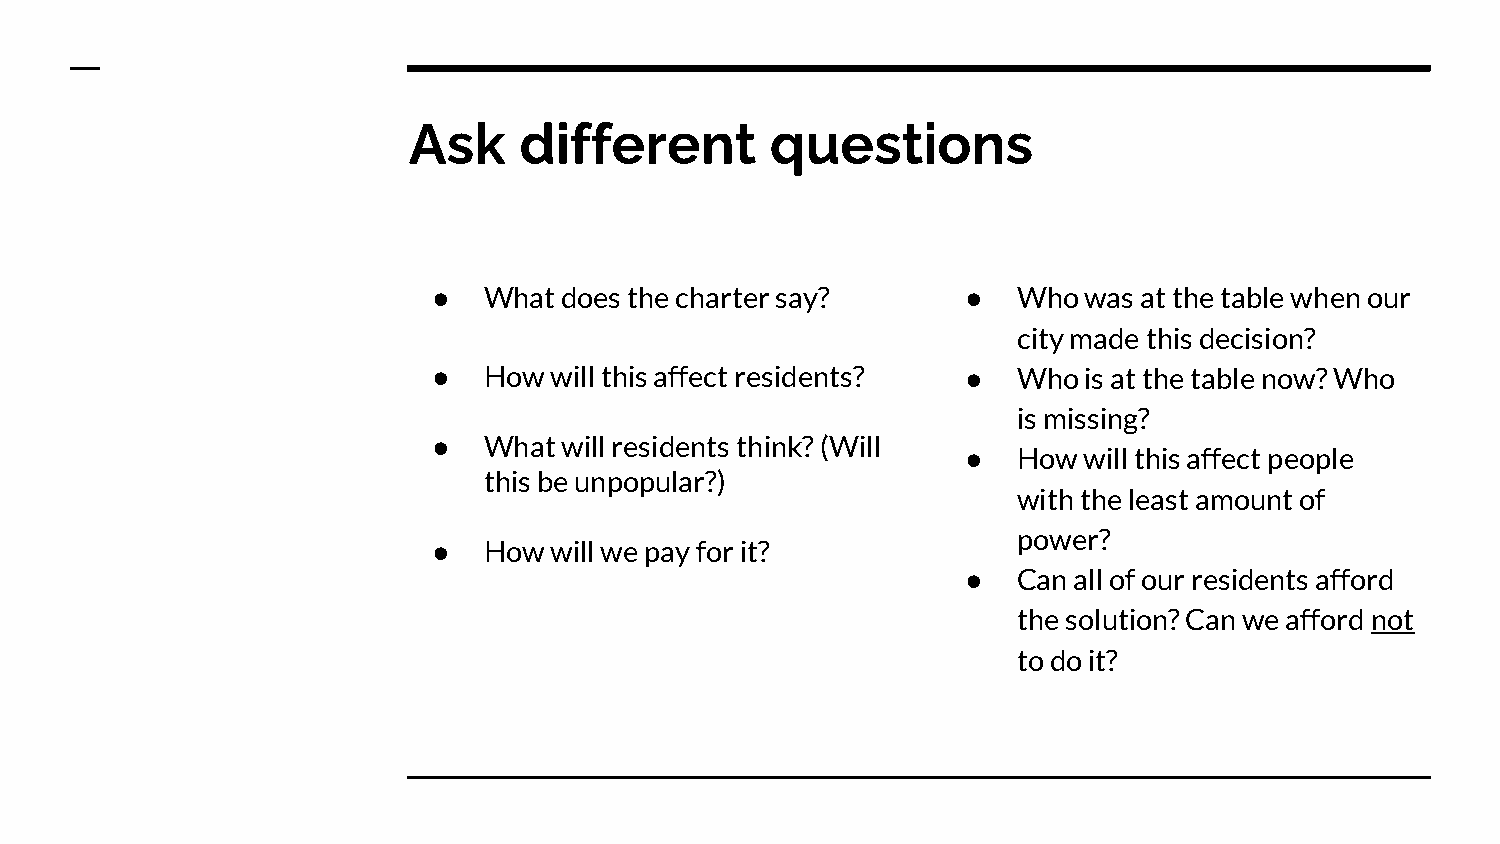
Ask    different        questions
 ●  What does the charter say?      ●  Who  was at the table when our
 city made this decision?
 ●  How will this affect residents? ●  Who  is at the table now? Who
 is missing?
 ●  What will residents think? (Will
 ●  How  will this affect people
 this be unpopular?)
 with the least amount of
 power?
 ●  How will we pay for it?
 ●  Can all of our residents afford
 the solution? Can we afford not
 to do it?